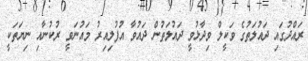
ރައްދުގައި ދައުލަތުގެ ވަކީލް ވިދާޅުވީ ދައުލަތުން ދައުވާ އުފުލިއިރު މައުނަވީ ރުކުނާއި ނިޔަތަކީ